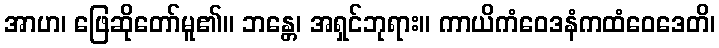
အာဟ၊ ဖြေဆိုတော်မူ၏။ ဘန္တေ၊ အရှင်ဘုရား။ ကာယိကံဝေဒနံကထံဝေဒေတိ၊